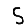
Digit: 5